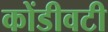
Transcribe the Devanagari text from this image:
कोंडीवटी